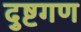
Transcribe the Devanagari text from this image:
दुष्टगण